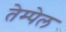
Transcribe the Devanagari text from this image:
तेम्पेल